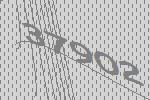
37902